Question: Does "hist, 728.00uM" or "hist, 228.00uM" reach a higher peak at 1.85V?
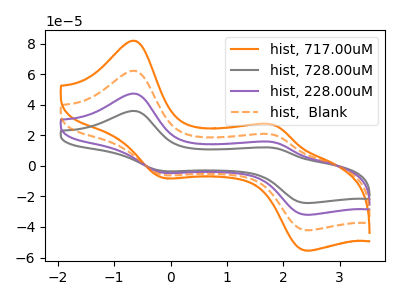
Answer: <think>The orange curve "hist, 717.00uM" has anodic peaks at (-0.65V, 141.40uA) (1.85V, 45.95uA) and cathodic peaks at (-0.10V, -13.80uA) (2.40V, -96.00uA). The gray curve "hist, 728.00uM" has anodic peaks at (-0.65V, 35.80uA) (1.85V, 11.65uA) and cathodic peaks at (-0.10V, -3.50uA) (2.40V, -24.30uA). The purple curve "hist, 228.00uM" has anodic peaks at (-0.65V, 47.15uA) (1.85V, 15.30uA) and cathodic peaks at (-0.10V, -4.60uA) (2.40V, -32.00uA). The orange dashed curve "hist,  Blank" has anodic peaks at (-0.65V, 94.30uA) (1.85V, 30.65uA) and cathodic peaks at (-0.10V, -9.20uA) (2.40V, -64.00uA).</think>
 <answer>The peak at 1.85V is lower in "hist, 728.00uM" than in "hist, 228.00uM".</answer>
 <eval>lower</eval>